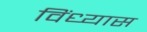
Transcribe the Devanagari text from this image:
विंध्यास